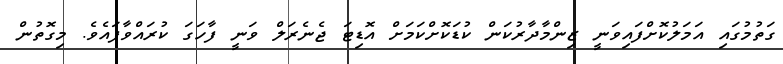
ގަތުމުގައި އަމަލުކޮށްފައިވަނީ ޒިންމާދާރުކަން ކުޑަކޮށްކަމަށް އޮޑިޓަ ޖެނެރަލް ވަނީ ފާހަގަ ކުރައްވާފައެވެ. މިގޮތުން